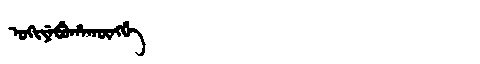
Manchu: ᡠᡴᡳᠶᡝᠪᡠᡥᠠᡴᡡᠩᡤᡝ
Romanization: UKIYEBUHAKŪNGGE